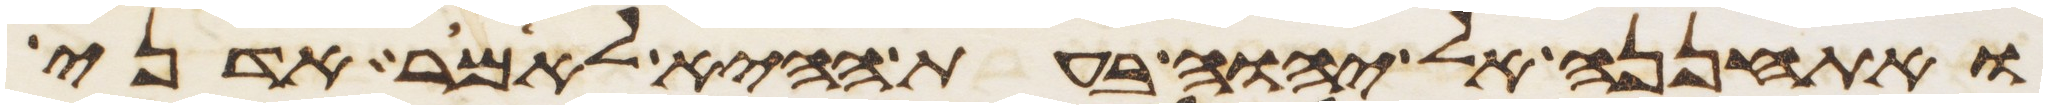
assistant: ואתחננה אל יהוה בעת ההיא לאמר אדני